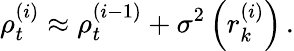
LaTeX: {\rho}_{t}^{(i)}\approx\rho_{t}^{(i-1)}+\sigma^{2}\left(r_{k}^{(i)}\right)\, .